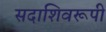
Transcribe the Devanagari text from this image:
सदाशिवरूपी